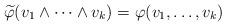
LaTeX: \begin{align*}\widetilde{\varphi}(v_1\wedge \cdots \wedge v_k)=\varphi(v_1,\dots, v_k)\end{align*}